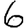
Digit: 6